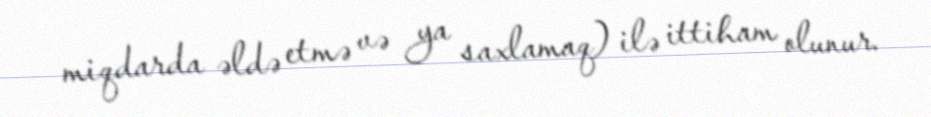
miqdarda əldə etmə və ya saxlamaq) ilə ittiham olunur.